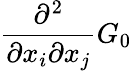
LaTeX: \frac{\partial^{2}}{\partial x_{i}\partial x_{j}}G_{0}